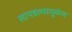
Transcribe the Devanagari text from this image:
सापडल्यामुळेच